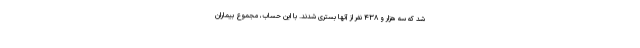
شد که سه هزار و ۴۳۸ نفر از آنها بستری شدند. با این حساب، مجموع بیماران